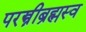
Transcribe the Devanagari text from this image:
परस्त्रीब्रह्मस्व